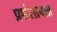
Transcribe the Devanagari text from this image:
प्रशंसापात्र